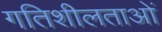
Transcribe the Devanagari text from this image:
गतिशीलताओं